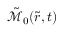
\tilde { \mathcal { M } } _ { 0 } ( \tilde { r } , t )